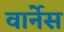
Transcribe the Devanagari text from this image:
वार्नेस